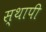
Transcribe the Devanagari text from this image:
स्थापी